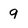
Character: 9